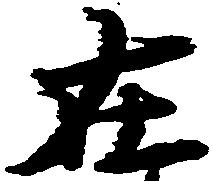
在